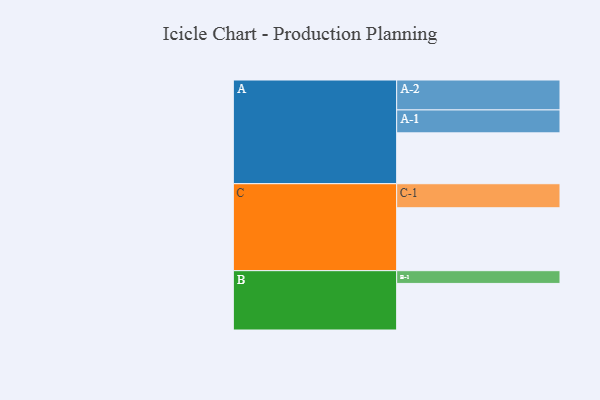
{"axis": {"x": "Segment", "y": "Value"}, "legend": ["", "A", "B", "C"], "data": [{"x": "A", "y": 379, "type": ""}, {"x": "B", "y": 347, "type": ""}, {"x": "C", "y": 469, "type": ""}, {"x": "A-1", "y": 171, "type": "A"}, {"x": "A-2", "y": 223, "type": "A"}, {"x": "B-1", "y": 95, "type": "B"}, {"x": "C-1", "y": 179, "type": "C"}]}